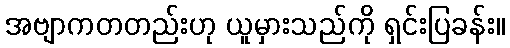
အဗျာကတတည်းဟု ယူမှားသည်ကို ရှင်းပြခန်း။